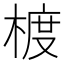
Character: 𪳁